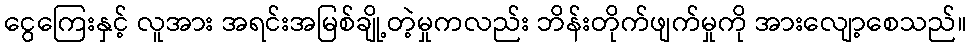
ငွေကြေးနှင့် လူအား အရင်းအမြစ်ချို့တဲ့မှုကလည်း ဘိန်းတိုက်ဖျက်မှုကို အားလျော့စေသည်။